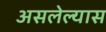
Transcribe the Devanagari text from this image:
असलेल्यास